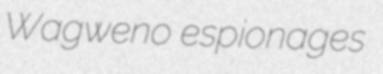
Wagweno espionages